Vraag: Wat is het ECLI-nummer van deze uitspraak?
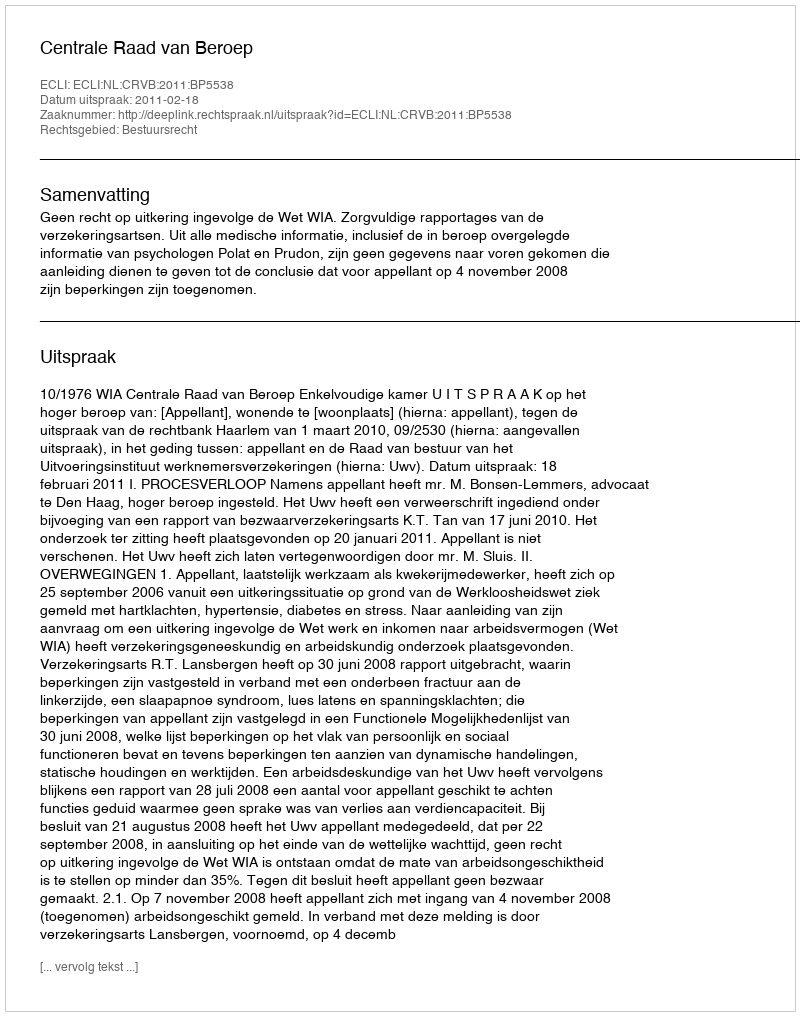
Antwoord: ECLI:NL:CRVB:2011:BP5538